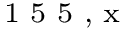
^ \textrm { \scriptsize 1 5 5 , x }